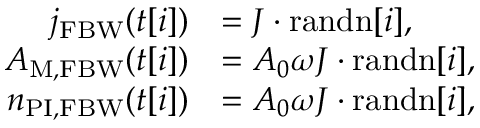
\begin{array} { r l } { j _ { \mathrm { F B W } } ( t [ i ] ) } & { = J \cdot \mathrm { r a n d n } [ i ] , } \\ { A _ { \mathrm { M , F B W } } ( t [ i ] ) } & { = A _ { 0 } \omega J \cdot \mathrm { r a n d n } [ i ] , } \\ { n _ { \mathrm { P I , F B W } } ( t [ i ] ) } & { = A _ { 0 } \omega J \cdot \mathrm { r a n d n } [ i ] , } \end{array}